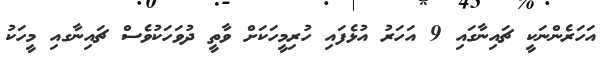
އަހަރެންނަކީ ޗައިނާގައި 9 އަަހަރު އުޅެފައި ހުރިމީހަކަށް ވާތީ ދުވަހަކުވެސް ޗައިނާގއި މީހަކު